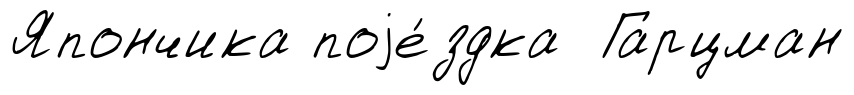
Япончика поjе́здка Гарцман